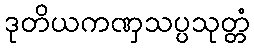
ဒုတိယကဏှသပ္ပသုတ္တံ